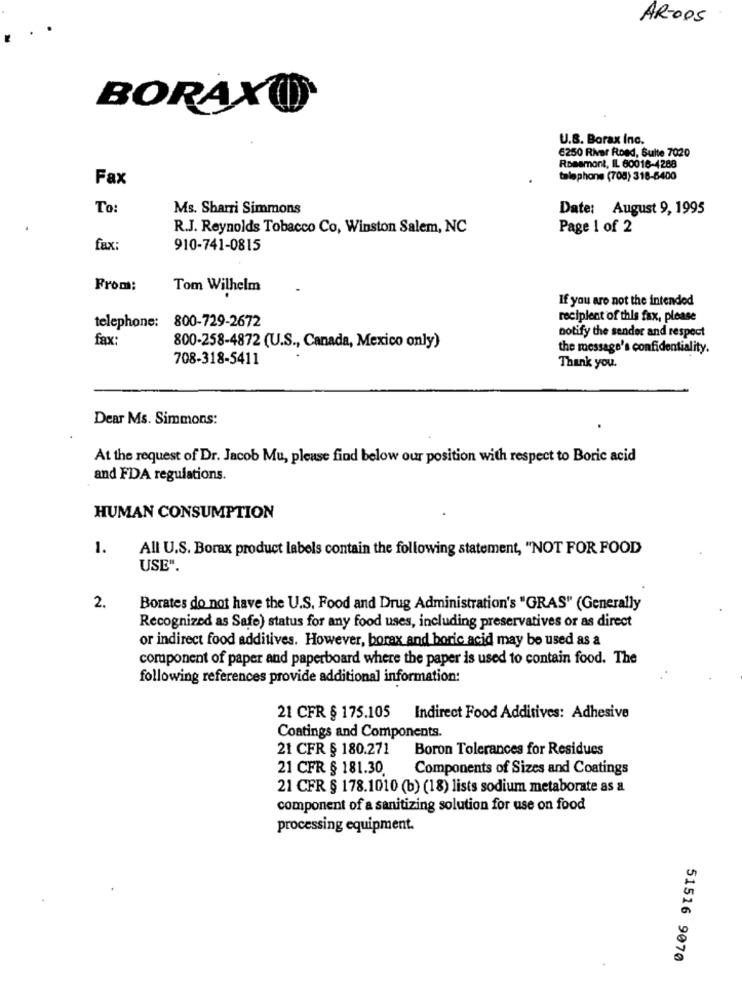
AR-005
BORAXO
U.S. Borax Inc.
6250 River Road, Sulte 7020
Rosamont, IL 60018-4288
Fax
telephone (704) 318-6400
To
Ms. Sharri Simmons
Date: August 9, 1995
R.J. Reynolds Tobacco Co, Winston Salem, NC
Page 1 of 2
fax:
910-741-0815
From:
Tom Wilhelm
If you are not the intended
800-729-2672
recipient of this fax, please
telephone:
notify the sender and respect
fax:
800-258-4872 (U.S ., Canada, Mexico only)
the message's confidentiality.
708-318-5411
Thank you.
Dear Ms. Simmons:
At the request of Dr. Jacob Mu, please find below our position with respect to Boric acid
and FDA regulations.
HUMAN CONSUMPTION
1.
All U.S. Borax product labels contain the following statement, "NOT FOR FOOD
USE".
2.
Borates do not have the U.S. Food and Drug Administration's "GRAS" (Generally
Recognized as Safe) status for any food uses, including preservatives or as direct
or indirect food additives. However, borax and boric acid may be used as a
component of paper and paperboard where the paper is used to contain food. The
following references provide additional information:
21 CFR § 175.105 Indirect Food Additives: Adhesive
Coatings and Components.
21 CFR § 180.271
Boron Tolerances for Residues
21 CFR § 181.30.
Components of Sizes and Coatings
21 CFR § 178.1010 (b) (18) lists sodium metaborate as a
component of a sanitizing solution for use on food
processing equipment.
51516 9070